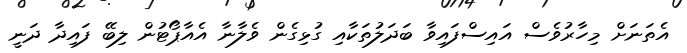
އެތަނަށް މިހާރުވެސް އައިސްފައިވާ ބަދަލުތަކާއި ގުޅިގެން ވެލާނާ އެއާޕޯޓުން ލިބޭ ފައިދާ ދަނީ